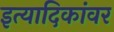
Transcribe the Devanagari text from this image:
इत्यादिकांवर